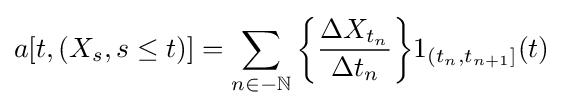
a[t,(X_{s},s\leq t)]=\sum \limits _{n\in -\mathbb {N} }{\bigg \{}{\frac {\Delta X_{t_{n}}}{\Delta t_{n}}}{\bigg \}}1_{(t_{n},t_{n+1}]}(t)